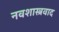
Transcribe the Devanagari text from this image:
नवशास्त्रवाद